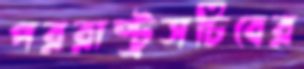
পররাষ্ট্রসচিবের